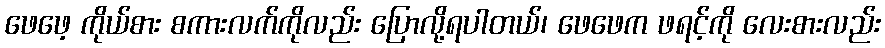
ဖေဖေ့ ကိုယ်စား စကားလက်ကိုလည်း ပြောလို့ရပါတယ်၊ ဖေဖေက ဖရင့်ကို လေးစားလည်း